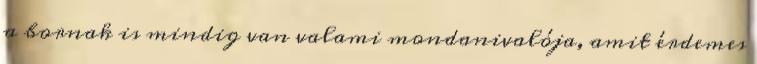
a bornak is mindig van valami mondanivalója, amit érdemes